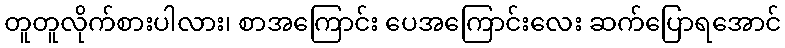
တူတူလိုက်စားပါလား၊ စာအကြောင်း ပေအကြောင်းလေး ဆက်ပြောရအောင်